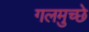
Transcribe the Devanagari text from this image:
गलमुच्छे